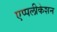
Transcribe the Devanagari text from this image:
एप्पलीकेशन